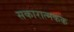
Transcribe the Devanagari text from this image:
सकारात्मकक